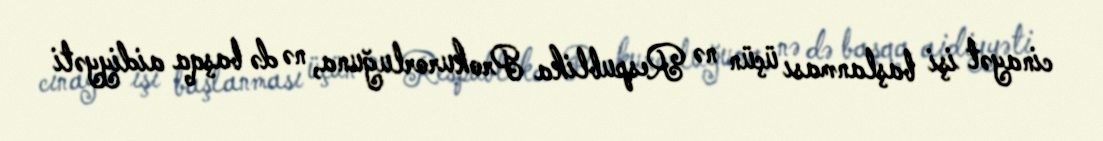
cinayət işi başlanması üçün nə Respublika Prokurorluğuna, nə də başqa aidiyyəti